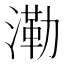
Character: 𣼷